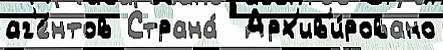
аг'е́нтов Страна́  Арх'ив'и́ровано